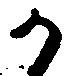
か